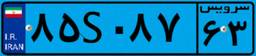
۷۳S۰۹۳۹۶